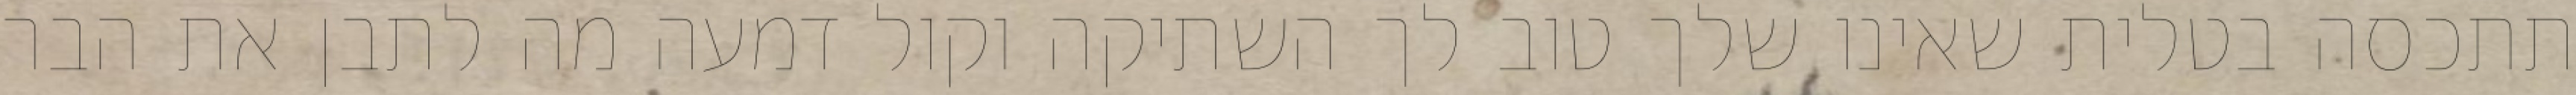
תתכסה בטלית שאינו שלך טוב לך השתיקה וקול דמעה מה לתבן את הבר